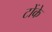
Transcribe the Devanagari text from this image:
टोंके